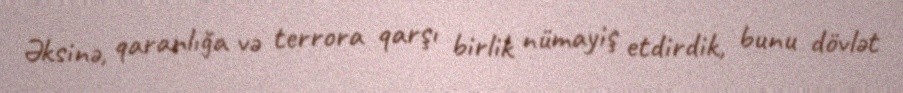
Əksinə, qaranlığa və terrora qarşı birlik nümayiş etdirdik, bunu dövlət